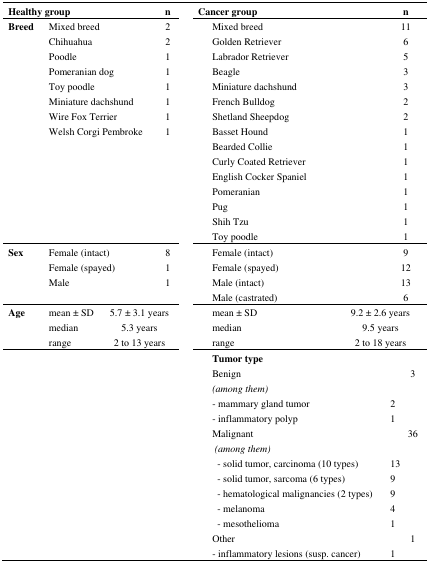
| <COLSPAN=2> Healthy group | n | Cancer group | n |
 | --- | --- | --- | --- | --- |
 | Breed | Mixed breed | 2 | Mixed breed | 11 |
 |  | Chihuahua | 2 | Golden Retriever | 6 |
 |  | Poodle | 1 | Labrador Retriever | 5 |
 |  | Pomeranian dog | 1 | Beagle | 3 |
 |  | Toy poodle | 1 | Miniature dachshund | 3 |
 |  | Miniature dachshund | 1 | French Bulldog | 2 |
 |  | Wire Fox Terrier | 1 | Shetland Sheepdog | 2 |
 |  | Welsh Corgi Pembroke | 1 | Basset Hound | 1 |
 |  |  |  | Bearded Collie | 1 |
 |  |  |  | Curly Coated Retriever | 1 |
 |  |  |  | English Cocker Spaniel | 1 |
 |  |  |  | Pomeranian | 1 |
 |  |  |  | Pug | 1 |
 |  |  |  | Shih Tzu | 1 |
 |  |  |  | Toy poodle | 1 |
 | Sex | Female (intact) | 8 | Female (intact) | 9 |
 |  | Female (spayed) | 1 | Female (spayed) | 12 |
 |  | Male | 1 | Male (intact) | 13 |
 |  |  |  | Male (castrated) | 6 |
 | Age | mean ± SD | 5.7 ± 3.1 years | mean ± SD | 9.2 ± 2.6 years |
 |  | median | 5.3 years | median | 9.5 years |
 |  | range | 2 to 13 years | range | 2 to 18 years |
 |  |  |  | Tumor type |  |
 |  |  |  | Benign | 3 |
 |  |  |  | (among them) |  |
 |  |  |  | - mammary gland tumor | 2 |
 |  |  |  | - inflammatory polyp | 1 |
 |  |  |  | Malignant | 36 |
 |  |  |  | (among them) |  |
 |  |  |  | - solid tumor, carcinoma (10 types) | 13 |
 |  |  |  | - solid tumor, sarcoma (6 types) | 9 |
 |  |  |  | - hematological malignancies (2 types) | 9 |
 |  |  |  | - melanoma | 4 |
 |  |  |  | - mesothelioma | 1 |
 |  |  |  | Other | 1 |
 |  |  |  | - inflammatory lesions (susp. cancer) | 1 |